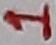
Text: 1